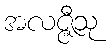
အလဇ္ဇီသု